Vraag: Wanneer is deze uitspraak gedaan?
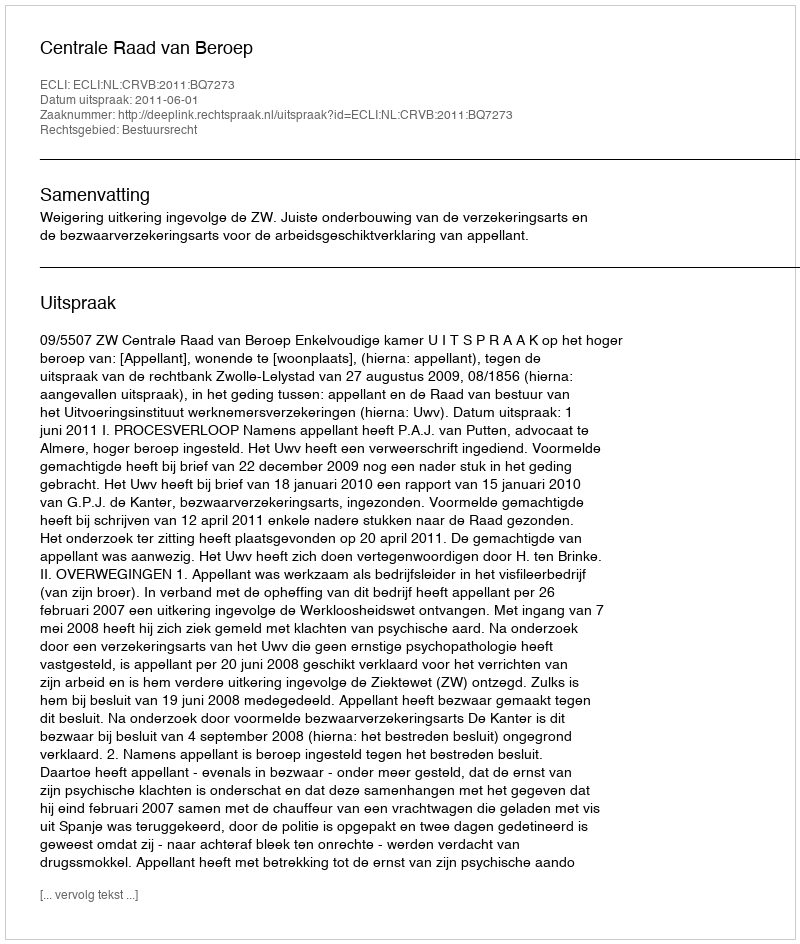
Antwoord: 2011-06-01